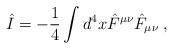
LaTeX: \begin{align*}\hat{I} = - \frac{1}{4} \int d^4 x \hat{F}^{\mu \nu} \hat{F}_{\mu\nu} \;,\end{align*}